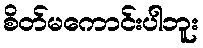
စိတ်မကောင်းပါဘူး